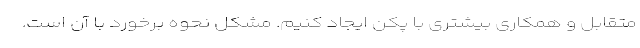
متقابل و همکاری بیشتری با پکن ایجاد کنیم. مشکل نحوه برخورد با آن است.